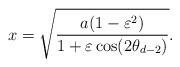
LaTeX: \begin{align*}x=\sqrt{\frac{a(1-\varepsilon^2)}{1+\varepsilon\cos(2\theta_{d-2})}}.\end{align*}